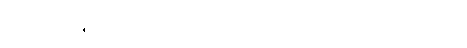
ရွေးချယ်ချီးမြှင့်ခံရတာဖြစ်ပါတယ် လို့ ၎င်းကဆိုပါတယ်။